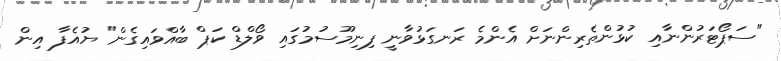
"ސަޕޯޓަރުންނާއި ކުޅުންތެރިންނަށް އެންމެ ރަނގަޅުވާނީ ފިނިމޫސުމުގައި ވޯލްޑް ކަޕް ބާއްވައިގެން" ޔުއެފާ އިން